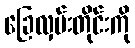
ခြေလှမ်းတိုင်းကို